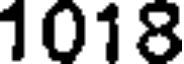
1018